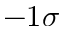
- 1 \sigma